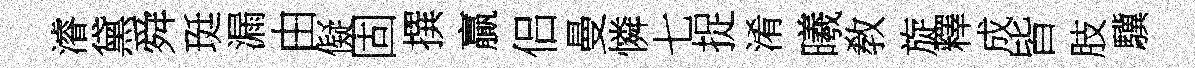
濬黛舜珽漏由儗固撰贏侣曼憐七捉淆曦敎旋釋成皆肢驥